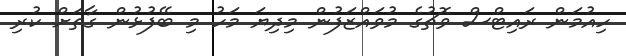
ހިއުމަން ރައިޓްސް ވޮޗުގެ މުވައްޒަފުން މިދިޔަ މަހު މި ބޭފުޅުން ގާތަށް ކުރި